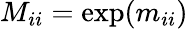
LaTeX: M_{ii}=\exp(m_{ii})